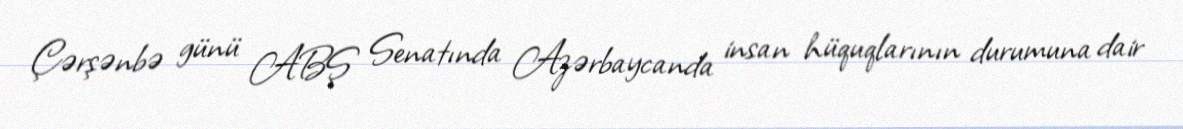
Çərşənbə günü ABŞ Senatında Azərbaycanda insan hüquqlarının durumuna dair